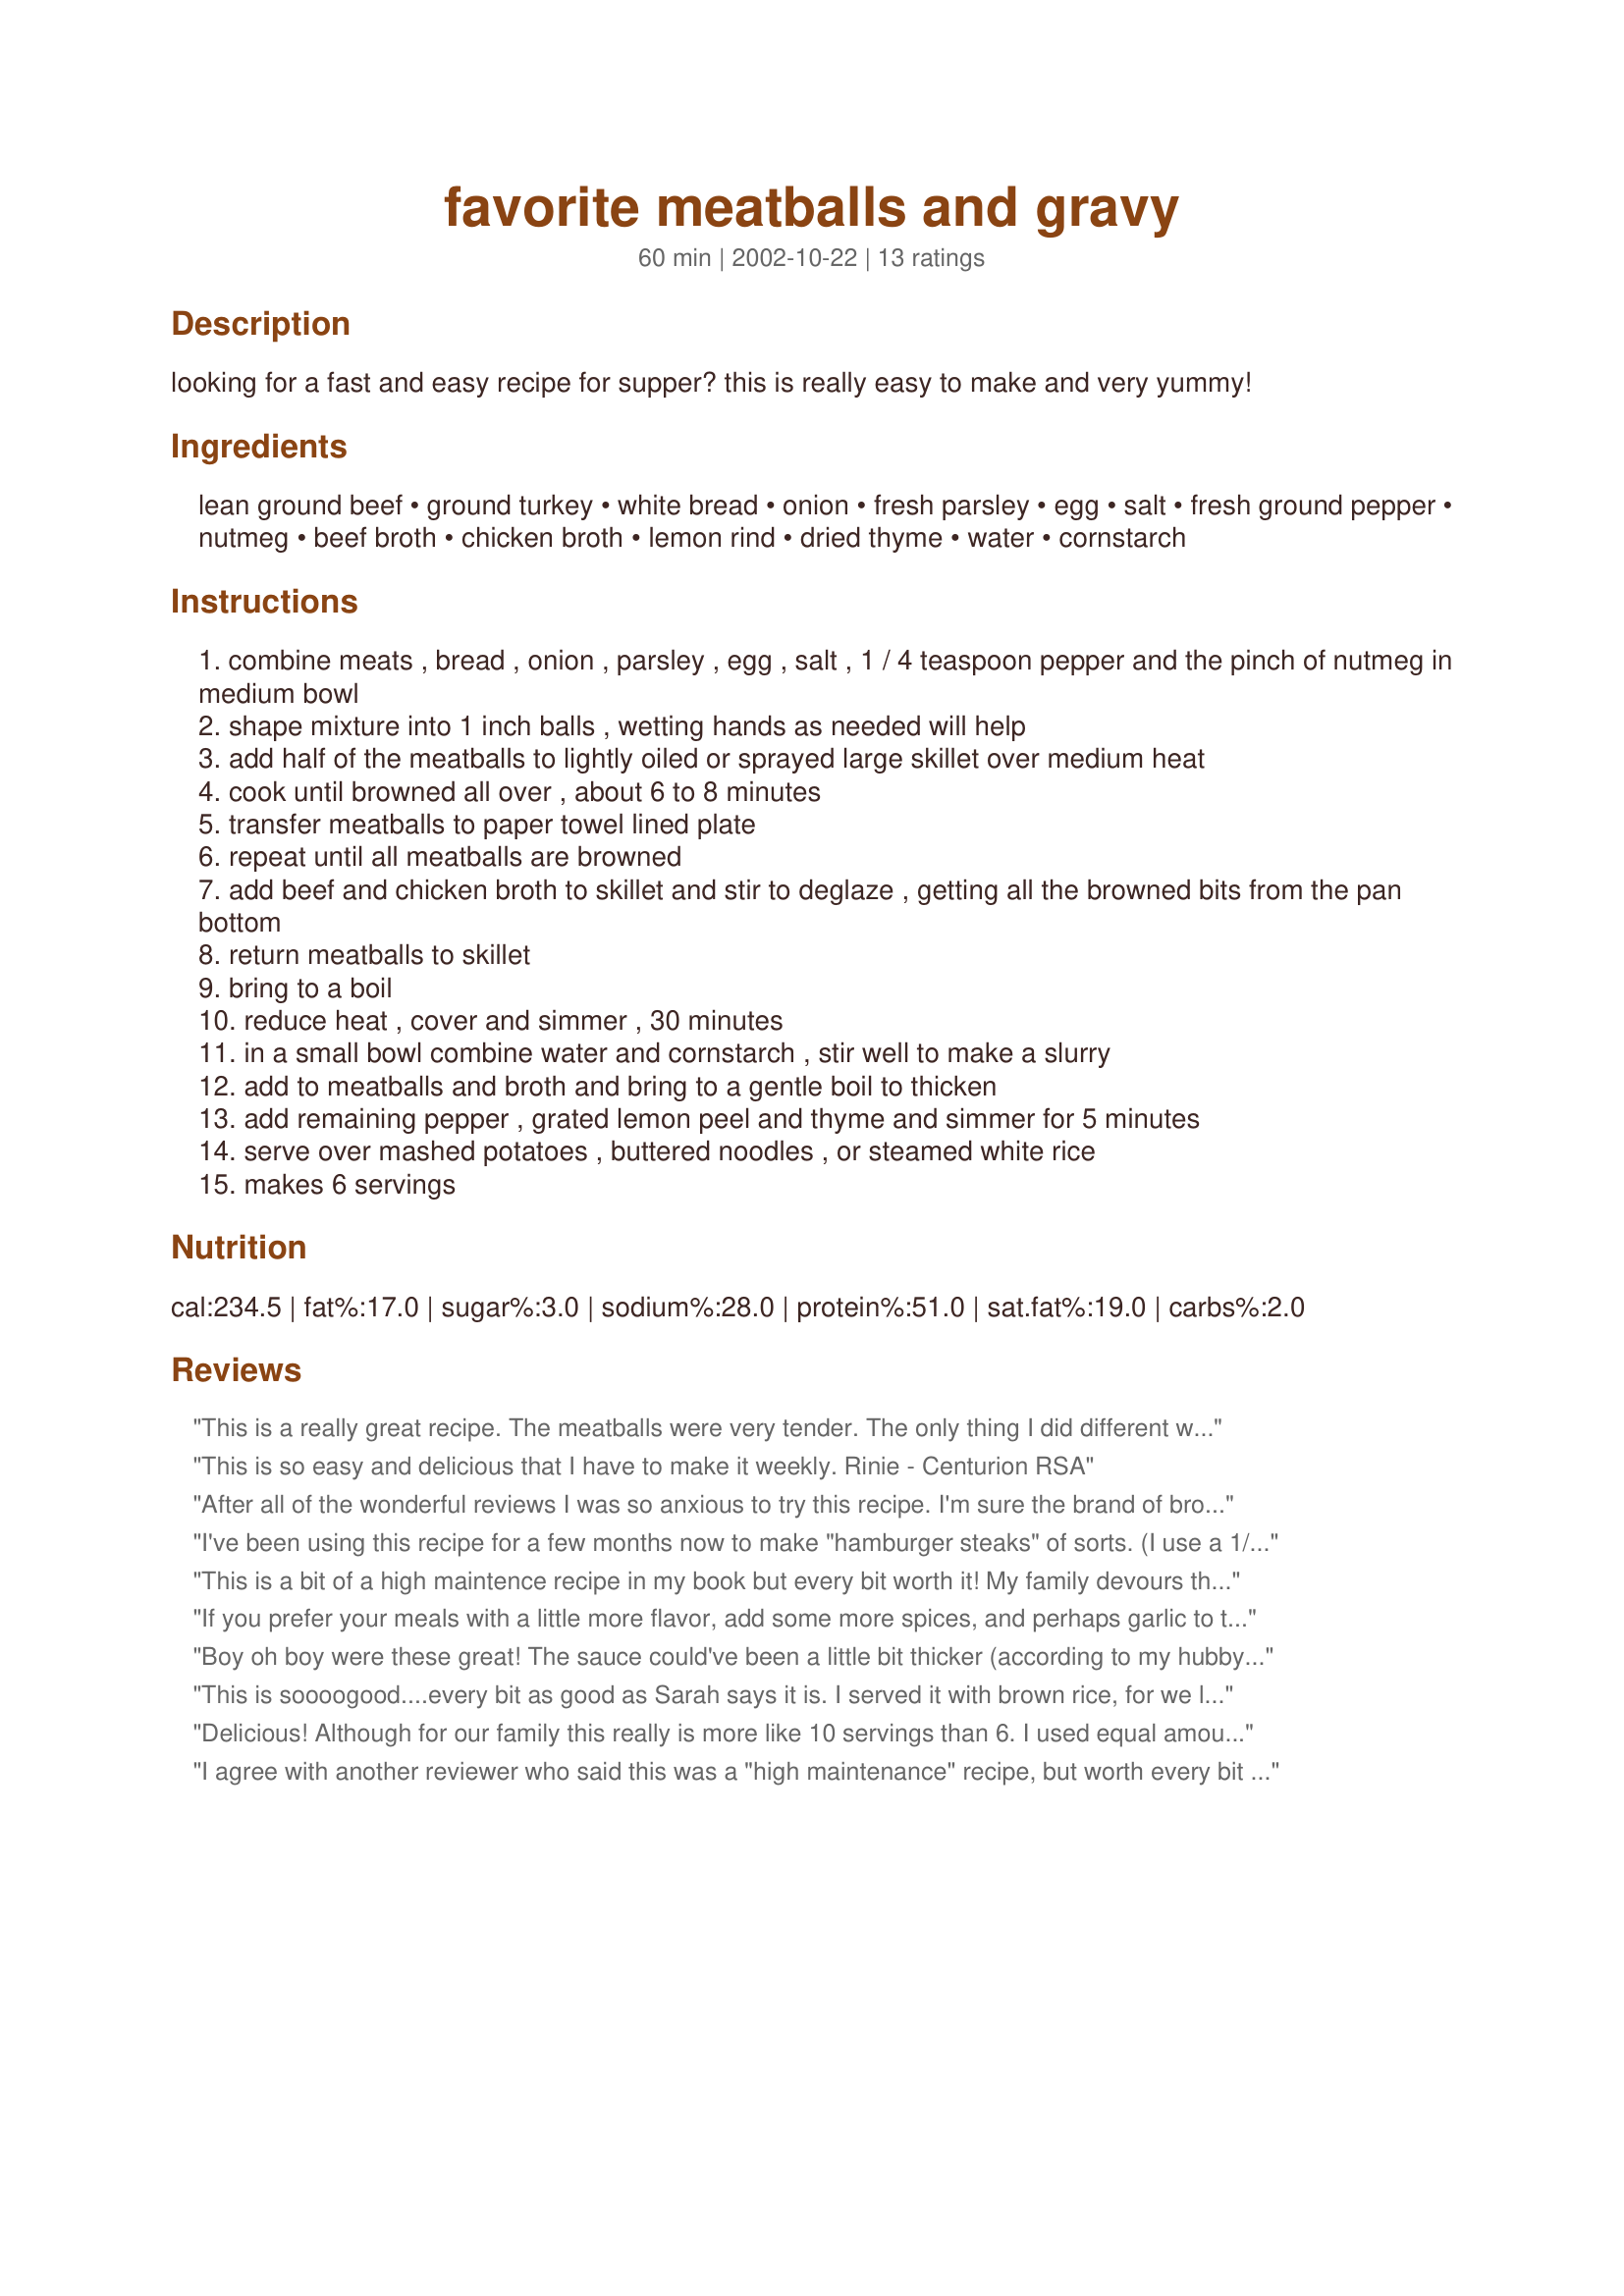
favorite meatballs and gravy
Preparation time: 60 minutes

looking for a fast and easy recipe for supper? this is really easy to make and very yummy!

Ingredients:
lean ground beef, ground turkey, white bread, onion, fresh parsley, egg, salt, fresh ground pepper, nutmeg, beef broth, chicken broth, lemon rind, dried thyme, water, cornstarch

Steps:
combine meats , bread , onion , parsley , egg , salt , 1 / 4 teaspoon pepper and the pinch of nutmeg in medium bowl
shape mixture into 1 inch balls , wetting hands as needed will help
add half of the meatballs to lightly oiled or sprayed large skillet over medium heat
cook until browned all over , about 6 to 8 minutes
transfer meatballs to paper towel lined plate
repeat until all meatballs are browned
add beef and chicken broth to skillet and stir to deglaze , getting all the browned bits from the pan bottom
return meatballs to skillet
bring to a boil
reduce heat , cover and simmer , 30 minutes
in a small bowl combine water and cornstarch , stir well to make a slurry
add to meatballs and broth and bring to a gentle boil to thicken
add remaining pepper , grated lemon peel and thyme and simmer for 5 minutes
serve over mashed potatoes , buttered noodles , or steamed white rice
makes 6 servings

Reviews:
This is a really great recipe. The meatballs were very tender. The only thing I did different was double the gravy because my family likes a lot of gravy. This is definitely a keeper
This is so easy and delicious that I have to make it weekly.

Rinie - Centurion RSA
After all of the wonderful reviews I was so anxious to try this recipe. I'm sure the brand of broth can make a difference, but we weren't very excited with this recipe. We found it to be rather bland. I may try it again sometime using homemade broth and further seasoning of the meatball mix. I'm sure that will perk this up some. I won't give up on it!
I've been using this recipe for a few months now to make "hamburger steaks" of sorts. (I use a 1/4 pound patty maker to shape them.) My husband I really like it; and the gravy is awesome. Thank you!
This is a bit of a high maintence recipe in my book but every bit worth it! My family devours these meatballs every time. I've made it with both the mashed potatoes and the rice - I think I prefer the potatoes, but both are excellent. Thank you for this awesome recipe!
If you prefer your meals with a little more flavor, add some more spices, and perhaps garlic to this recipe. Before I make this the next time, I'll practice making meatballs. This was the first time for me and I over processed them.
Boy oh boy were these great! The sauce could've been a little bit thicker (according to my hubby) but the flavor was great! I didn't think this was a fussy recipe at all. I did cheat a bit. I used pre-frozen meatballs so I could just skip that step. Great dish all around!
This is soooogood....every bit as good as Sarah says it is. I served it with brown rice, for we like the chewy texture of it. It will most definitely become an often used recipe of mine.

Delicious! Although for our family this really is more like 10 servings than 6. I used equal amounts of pork and beef and I served this with homemade noodles...yum!
Thanks for the awesome recipe
I agree with another reviewer who said this was a "high maintenance" recipe, but worth every bit of the effort. The juice didn't thicken with the first amount of corn starch so ended up doubling the amount and then the "gravy" was great. The taste of this dish is very scrumptious. Served over buttered noodles. Will definitely make again. Thank you for posting.
Wow! These are so good!! It's the first recipe I've tried from this site, and if the others are like this, I have found a winner site! My kids and my husband loved it! We had it over rice with some green baens and a salad. Thanks!
This was a great meatball recipe...the gravy was very creamy and very very flavorful...the meatballs were tendar, full of flavor...definately a keeper..Thank you !!!
This dish was a HUGE hit with my family! I halved the meatball recipe,using 1 lb. ground beef and omitting the pork. I served the meatballs over mashed potatoes. I will definitely be making this recipe again! Thanks for sharing!
